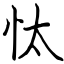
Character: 忲